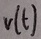
Text: V(t)